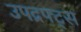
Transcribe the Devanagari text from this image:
उपद्रफ्ट्स